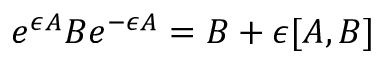
e ^ { \epsilon A } B e ^ { - \epsilon A } = B + \epsilon [ A , B ]